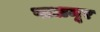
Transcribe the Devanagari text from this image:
पालमूर